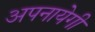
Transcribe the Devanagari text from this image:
अपनायेगी